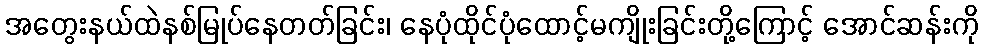
အတွေးနယ်ထဲနစ်မြုပ်နေတတ်ခြင်း၊ နေပုံထိုင်ပုံထောင့်မကျိုးခြင်းတို့ကြောင့် အောင်ဆန်းကို